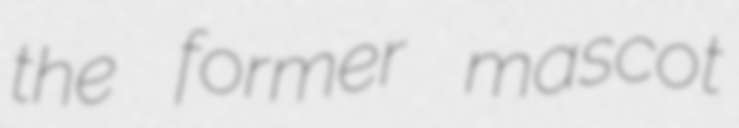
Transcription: the former mascot